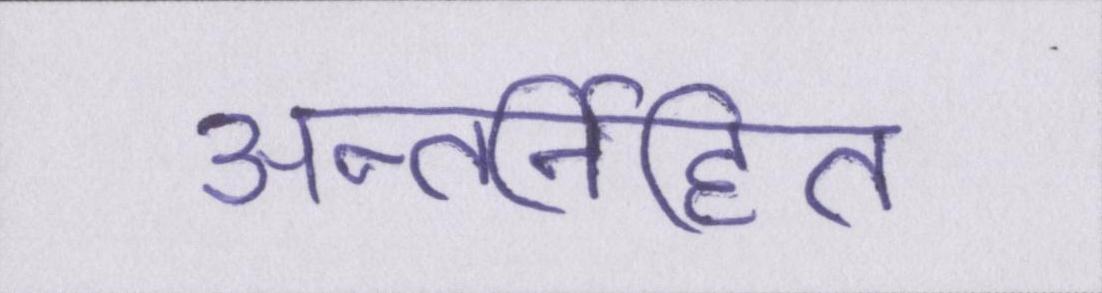
अन्तर्निहित